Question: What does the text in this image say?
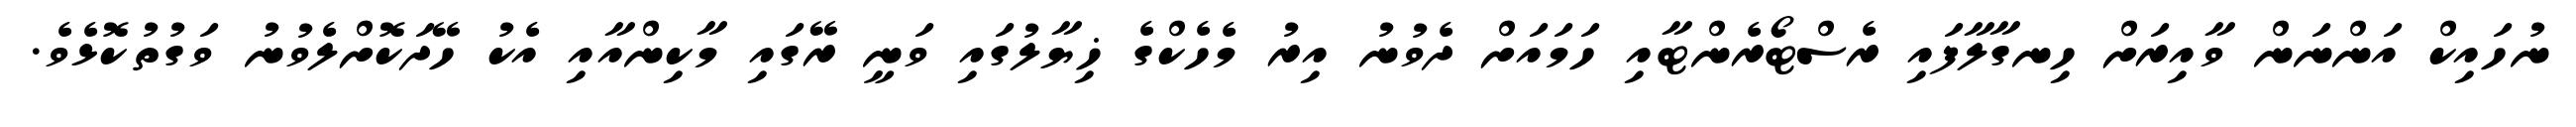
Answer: ނުހައިކް އަންނަން ވާއިރަށް ހިނގާލާފައި ރެސްޓޯރެންޓާއި ހަމައަށް ދެވުނު އިރު މެހެކްގެ ޚިޔާލުގައި ވަނީ ރޭގައި މާކިންއާއި އެކު ހޭދަކޮށްލެވުނު ވަގުތުކޮޅެވެ.